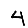
Digit: 4